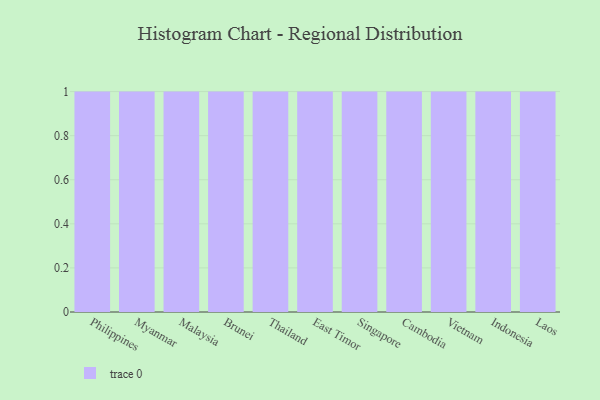
{"axis": {"x": "Country", "y": "Shipments"}, "legend": [""], "data": [{"x": "Philippines", "y": 83, "type": ""}, {"x": "Myanmar", "y": 3, "type": ""}, {"x": "Malaysia", "y": 78, "type": ""}, {"x": "Brunei", "y": 62, "type": ""}, {"x": "Thailand", "y": 22, "type": ""}, {"x": "East Timor", "y": 45, "type": ""}, {"x": "Singapore", "y": 17, "type": ""}, {"x": "Cambodia", "y": 70, "type": ""}, {"x": "Vietnam", "y": 65, "type": ""}, {"x": "Indonesia", "y": 42, "type": ""}, {"x": "Laos", "y": 24, "type": ""}]}